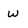
Character: w